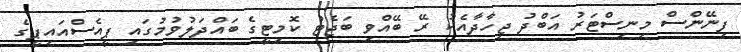
ފިނޭންސް މިނިސްޓަރު އަބްދު ޖިހާދާއެކު ރޭ ބޭއްވި ބަޖެޓު ކޮމިޓީގެ ބައްދަލުވުމުގައި ޕީއެސްއައިޕީގެ